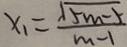
x _ { 1 } = \frac { \sqrt { 5 m - 5 } } { m - 1 }